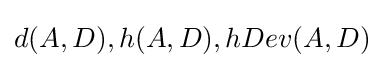
d(A,D),h(A,D),hDev(A,D)